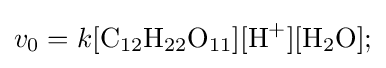
v_{0}=k[{\ce {C12H22O11}}][{\ce {H+}}][{\ce {H2O}}];